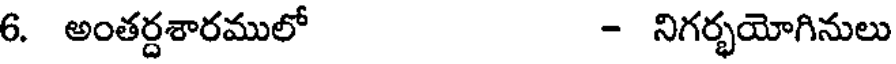
6. అంతర్దశారములో - నిగర్భయోగినులు